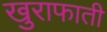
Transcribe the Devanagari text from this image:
खुराफाती